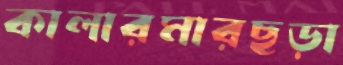
কালারমারছড়া